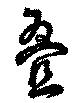
畳